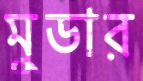
মুডার